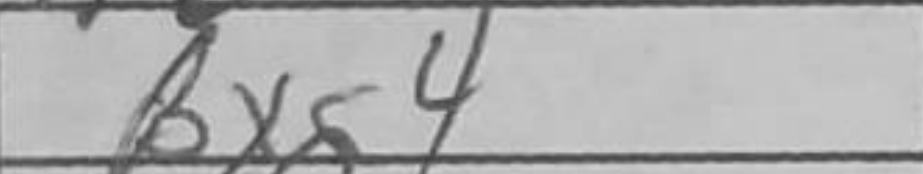
Transcription: Bxg4